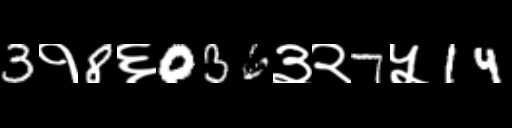
Text: 3१8६036३२7५14